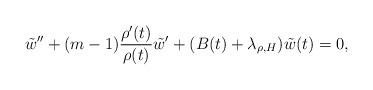
LaTeX: \begin{align*}\tilde{w}'' +(m-1)\frac{\rho'(t)}{\rho(t)}\tilde{w}' + (B(t)+\lambda_{\rho,H}) \tilde{w}(t)=0,\end{align*}